Annual statistical returns and brief notes on vaccination in Bengal - 1896-1909
Year: 1896
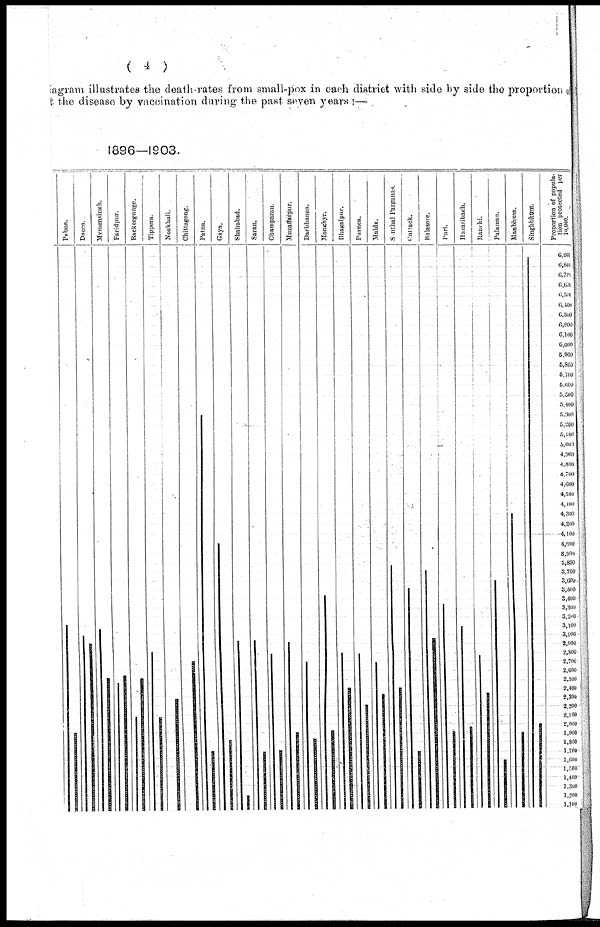
(4)
Diagram illustrates the death-rates from small-pox in earn district with side by side the proportion o
t the disease by vaccination during the past seven years :—
1896—1903.